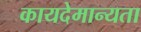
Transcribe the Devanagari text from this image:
कायदेमान्यता